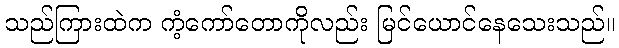
သည်ကြားထဲက ကံ့ကော်တောကိုလည်း မြင်ယောင်နေသေးသည်။